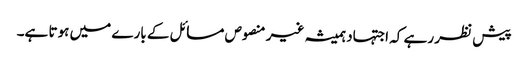
پیش نظر رہے کہ اجتہاد ہمیشہ غیر منصوص مسائل کے بارے میں ہوتا ہے۔